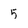
Character: 5